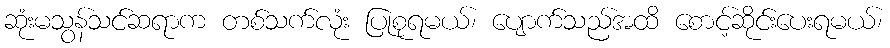
ဆုံးမသွန်သင်ဆရာက တစ်သက်လုံး ပြုစုရမယ်၊ ပျောက်သည်အထိ စောင့်ဆိုင်းပေးရမယ်၊